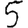
Digit: 5